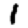
Digit: 1